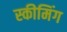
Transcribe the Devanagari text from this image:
स्कीमिंग